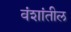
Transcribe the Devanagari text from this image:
वंशांतील